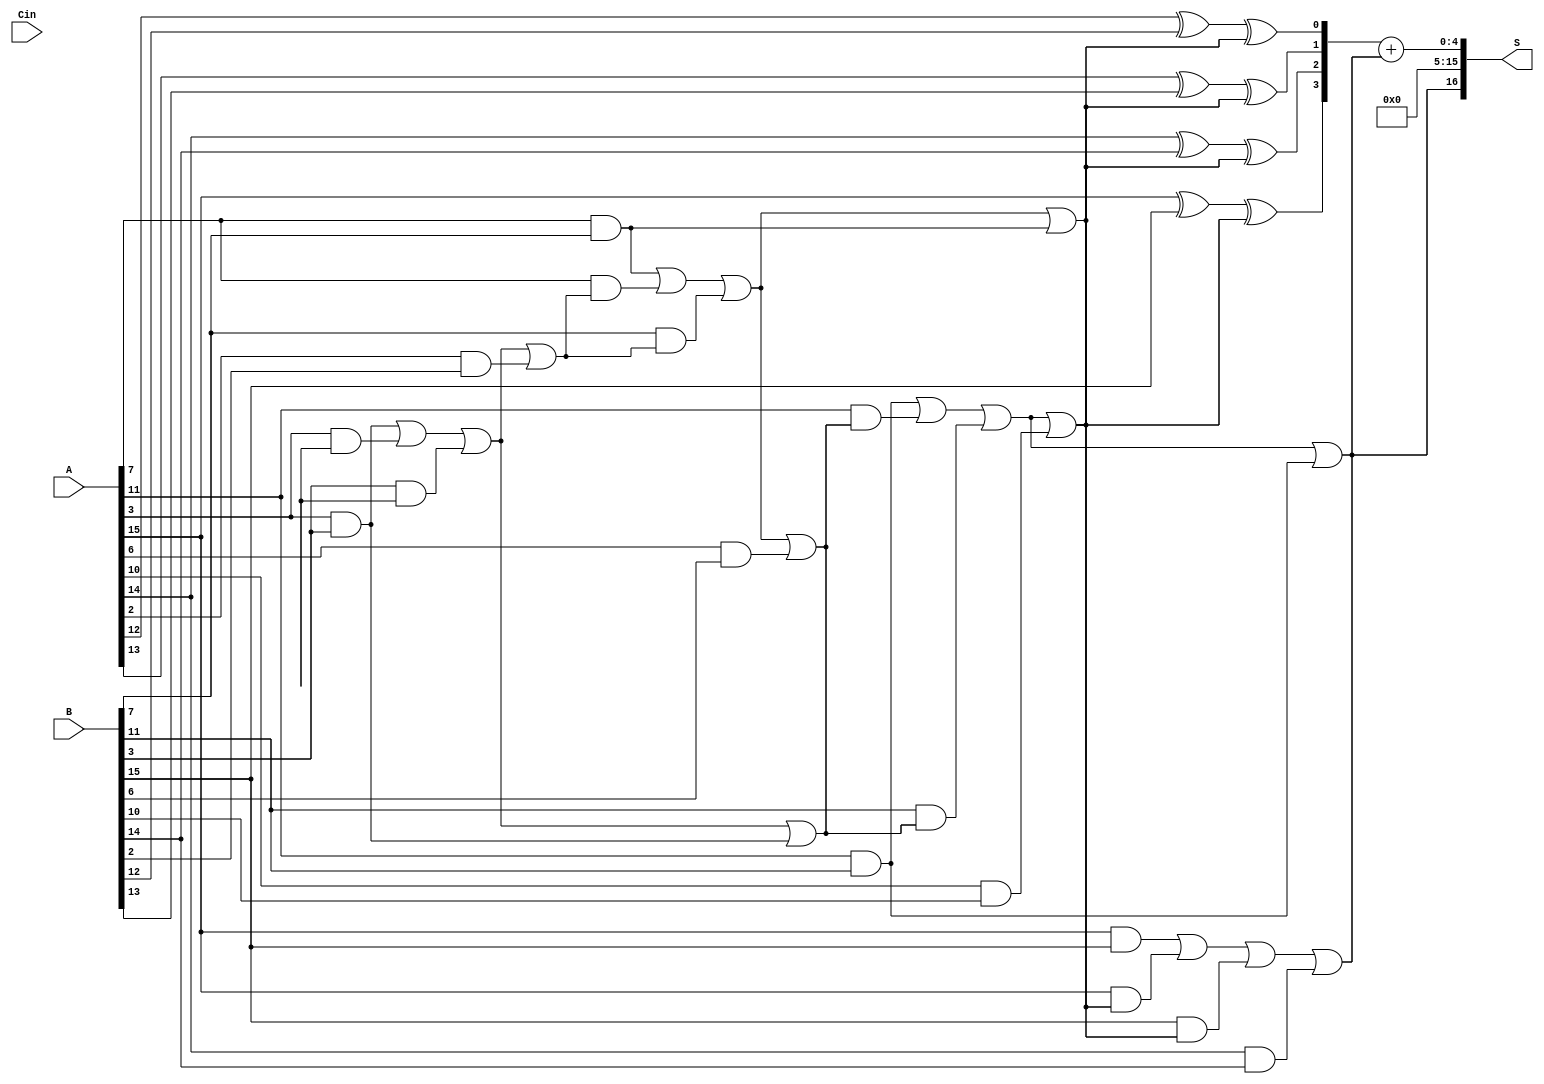
module han_carlson_adder #(parameter N = 16, // Total bit-width of A and B
                           parameter G = 4)  // Group size
(
    input  wire [N-1:0] A,        // First input
    input  wire [N-1:0] B,        // Second input
    input  wire         Cin,      // Carry-in
    output wire [N:0]  S          // Sum output, including carry-out
);

localparam K = N / G; // Number of groups
localparam M = G - 1; // Group size minus one

// Intermediate signals for carry generation
wire [K-1:0] G_prop;  // Generate/propagate signals per group
wire [K-1:0] carry;    // Carry out of each group
wire [G-1:0] sum_temp[K-1:0]; // Partial sums for each group
wire [K:0] carry_select; // Carry selection lines.

// Generate and Propagate for each group
genvar i, j;
generate
    for (i = 0; i < K; i = i + 1) begin : GROUPS
        localparam START_INDEX = i * G;
        localparam END_INDEX = START_INDEX + G - 1;

        // Generate and Propagate
        assign G_prop[i] = (A[END_INDEX] & B[END_INDEX]) | (A[END_INDEX] & carry[i-1]) | (B[END_INDEX] & carry[i-1]);
        
        // Sum for group assuming Cin
        for (j = 0; j < G; j = j + 1) begin : SUM_GROUP
            if ( j == 0) begin
                assign sum_temp[i][j] = A[START_INDEX + j] ^ B[START_INDEX + j] ^ (i==0 ? Cin : carry[i-1]);
            end else begin
                assign sum_temp[i][j] = A[START_INDEX + j] ^ B[START_INDEX + j] ^ carry_select[i];
            end
        end

        // Carry-out from this group
        assign carry[i] = G_prop[i] | (A[END_INDEX-1] & B[END_INDEX-1]);

        // Select carry-out for next stage
        if (i == 0) begin
            assign carry_select[i] = Cin;
        end else begin
            assign carry_select[i] = carry[i-1];
        end 
    end
endgenerate

// Final output sum assembly
assign S[N-1:0] = {sum_temp[K-1]} + carry[K-1];

// Final carry out
assign S[N] = carry[K-1];

// Clear unrouted signals
genvar k;
generate
    for (k = 1; k < K; k = k + 1) begin : CLEAR_CARRY
        // Ensure carries are routed correctly to next group
        assign carry[k] = G_prop[k-1] | (A[(k * G) - 1] & B[(k * G) - 1]);
    end
endgenerate

endmodule